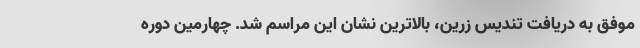
موفق به دریافت تندیس زرین، بالاترین نشان این مراسم شد. چهارمین دوره